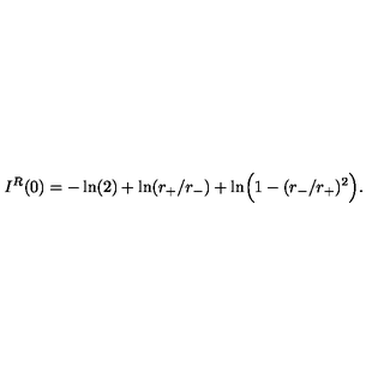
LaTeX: I ^ { R } ( 0 ) = - \ln ( 2 ) + \ln ( r _ { + } / r _ { - } ) + \ln \Bigr ( 1 - ( r _ { - } / r _ { + } ) ^ { 2 } \Bigr ) .